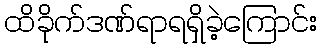
ထိခိုက်ဒဏ်ရာရရှိခဲ့ကြောင်း